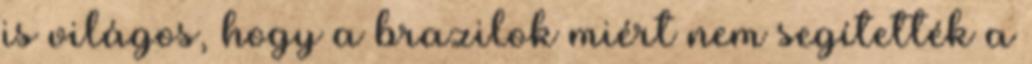
is világos, hogy a brazilok miért nem segítették a